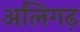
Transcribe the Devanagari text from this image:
अलिगढ़